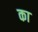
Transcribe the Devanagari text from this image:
का